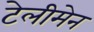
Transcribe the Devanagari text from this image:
टेलीमेन